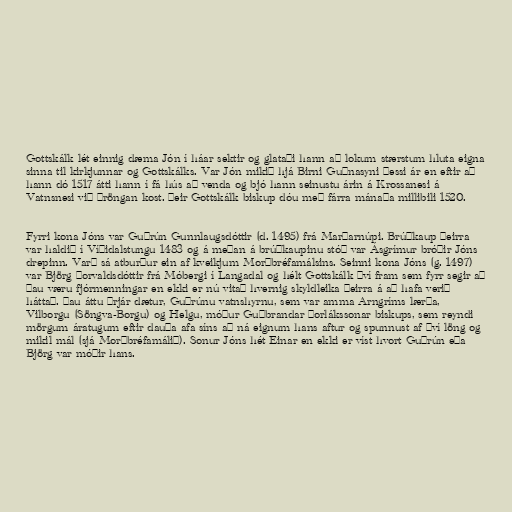
Gottskálk lét einnig dæma Jón í háar sektir og glataði hann að lokum stærstum hluta eigna
sinna til kirkjunnar og Gottskálks. Var Jón mikið hjá Birni Guðnasyni þessi ár en eftir að
hann dó 1517 átti hann í fá hús að venda og bjó hann seinustu árin á Krossanesi á
Vatnsnesi við þröngan kost. Þeir Gottskálk biskup dóu með fárra mánaða millibili 1520.

Fyrri kona Jóns var Guðrún Gunnlaugsdóttir (d. 1495) frá Marðarnúpi. Brúðkaup þeirra
var haldið í Víðidalstungu 1483 og á meðan á brúðkaupinu stóð var Ásgrímur bróðir Jóns
drepinn. Varð sá atburður ein af kveikjum Morðbréfamálsins. Seinni kona Jóns (g. 1497)
var Björg Þorvaldsdóttir frá Móbergi í Langadal og hélt Gottskálk því fram sem fyrr segir að
þau væru fjórmenningar en ekki er nú vitað hvernig skyldleika þeirra á að hafa verið
háttað. Þau áttu þrjár dætur, Guðrúnu vatnshyrnu, sem var amma Arngríms lærða,
Vilborgu (Söngva-Borgu) og Helgu, móður Guðbrandar Þorlákssonar biskups, sem reyndi
mörgum áratugum eftir dauða afa síns að ná eignum hans aftur og spunnust af því löng og
mikil mál (sjá Morðbréfamálið). Sonur Jóns hét Einar en ekki er víst hvort Guðrún eða
Björg var móðir hans.